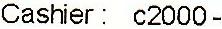
CASHIER: C2000-